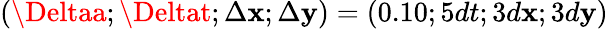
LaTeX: (\Deltaa;\Deltat;\Delta\mathbf{x};\Delta\mathbf{y})=(0.10;5dt;3d\mathbf{x};3d\mathbf{y})